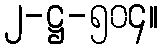
၂-ဋ္ဌ-၅၀၄။